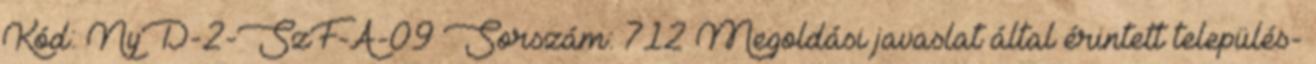
Kód: NyD-2-SzF-A-09 Sorszám: 712 Megoldási javaslat által érintett település-